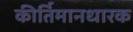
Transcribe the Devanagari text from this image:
कीर्तिमानधारक